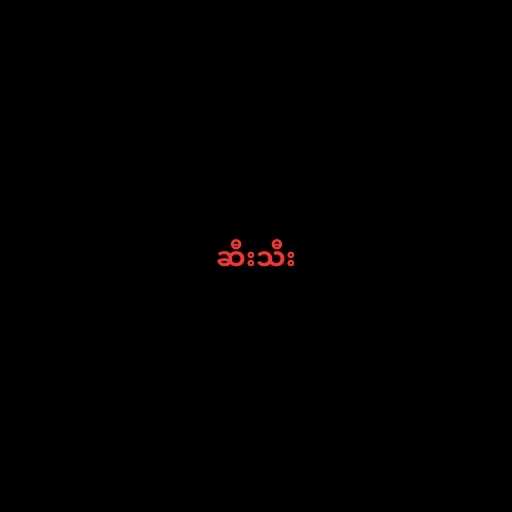
ဆီးသီး